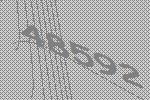
48592